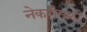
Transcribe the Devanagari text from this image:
नेकरीसाठी